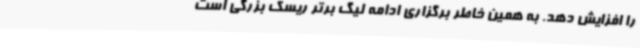
را افزایش دهد. به همین خاطر برگزاری ادامه لیگ برتر ریسک بزرگی است